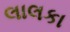
લાલકા